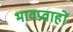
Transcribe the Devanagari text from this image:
भावप्रवाहों